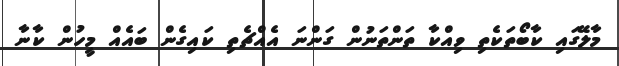
މާލޭގައި ކާބޯތަކެތި ވިއްކާ ތަންތަނުން ގަންނަ އެއްޗެތި ކައިގެން ބައެއް މީހުން ކާނާ